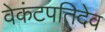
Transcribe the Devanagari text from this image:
वेकंटपतिदेव